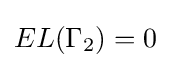
EL(\Gamma _{2})=0